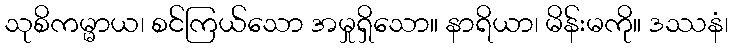
သုစိကမ္မာယ၊ စင်ကြယ်သော အမှုရှိသော။ နာရိယာ၊ မိန်းမကို။ ဒဿနံ၊